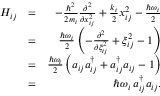
\begin{array} { r l r } { H _ { i j } } & { = } & { - \frac { \hbar ^ { 2 } } { 2 m _ { i } } \frac { \partial ^ { 2 } } { \partial x _ { i j } ^ { 2 } } + \frac { k _ { i } } { 2 } x _ { i j } ^ { 2 } - \frac { \hbar \omega _ { i } } { 2 } } \\ & { = } & { \frac { \hbar \omega _ { i } } { 2 } \left( - \frac { \partial ^ { 2 } } { \partial \xi _ { i j } ^ { 2 } } + \xi _ { i j } ^ { 2 } - 1 \right) } \\ & { = } & { \frac { \hbar \omega _ { i } } { 2 } \left( a _ { i j } a _ { i j } ^ { \dag } + a _ { i j } ^ { \dag } a _ { i j } - 1 \right) } \\ & { = } & { \hbar \omega _ { i } \, a _ { i j } ^ { \dag } a _ { i j } . } \end{array}